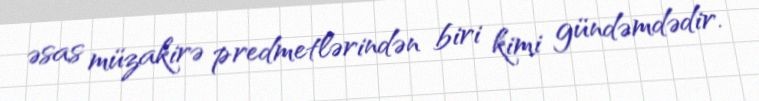
əsas müzakirə predmetlərindən biri kimi gündəmdədir.